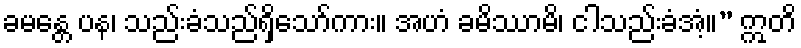
ခမန္တေ ပန၊ သည်းခံသည်ရှိသော်ကား။ အဟံ ခမိဿာမိ၊ ငါသည်းခံအံ့။” ဣတိ